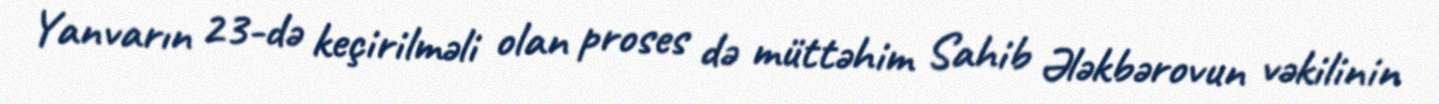
Yanvarın 23-də keçirilməli olan proses də müttəhim Sahib Ələkbərovun vəkilinin